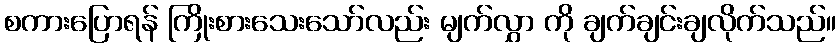
စကားပြောရန် ကြိုးစားသေးသော်လည်း မျက်လွှာ ကို ချက်ချင်းချလိုက်သည်။